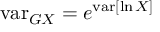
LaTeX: \operatorname { v a r } _ { G X } = e ^ { \operatorname { v a r } [ \ln X ] }